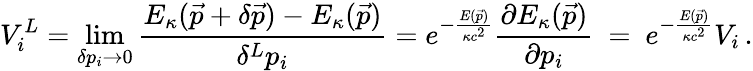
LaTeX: V_{i}^{L}=\operatorname*{lim}_{\delta p_{i}\to 0}\frac{E_{\kappa}(\vec{p}+\delta\vec{p})-E_{\kappa}(\vec{p})}{\delta^{L}p_{i}}=e^{-\frac{E(\vec{p})}{\kappa c^{2}}}\frac{\partial E_{\kappa}(\vec{p})}{\partial p_{i}}\ =\ e^{-\frac{E(\vec{p})}{\kappa c^{2}}}V_{i}\, .